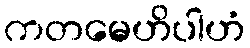
ကတမေဟိပါဟံ